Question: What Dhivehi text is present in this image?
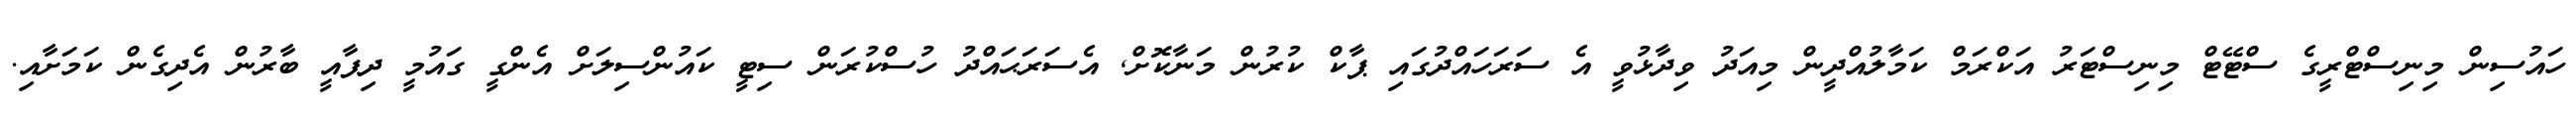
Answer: ހައުސިން މިނިސްޓްރީގެ ސްޓޭޓް މިނިސްޓަރު އަކްރަމް ކަމާލުއްދީން މިއަދު ވިދާޅުވީ އެ ސަރަހައްދުގައި ޕާކް ކުރުން މަނާކޮށް, އެސަރަޙައްދު ހުސްކުރަން ސިޓީ ކައުންސިލަށް އެންގީ ގައުމީ ދިފާއީ ބާރުން އެދިގެން ކަމަށާއި.